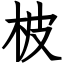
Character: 柀